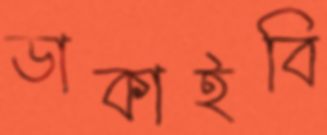
ডাকাইবি